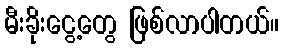
မီးခိုးငွေ့တွေ ဖြစ်လာပါတယ်။